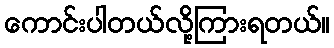
ကောင်းပါတယ်လို့ကြားရတယ်။